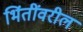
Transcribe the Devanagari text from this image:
भिंतींवरील